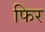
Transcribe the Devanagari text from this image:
फिर